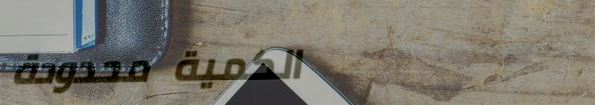
الكمية محدودة